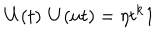
{ \bf U } ( t ) \; { \bf U } ( u t ) = \eta t ^ { k } { \bf 1 }